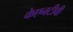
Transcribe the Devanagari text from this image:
केएनटीवी